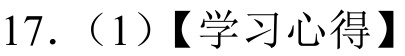
17.（1）【学习心得】